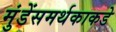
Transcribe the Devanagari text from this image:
मुंडेंसमर्थकाकडे